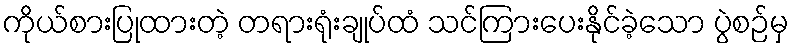
ကိုယ်စားပြုထားတဲ့ တရားရုံးချုပ်ထံ သင်ကြားပေးနိုင်ခဲ့သော ပွဲစဉ်မှ